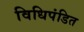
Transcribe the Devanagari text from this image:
विधिपंडित